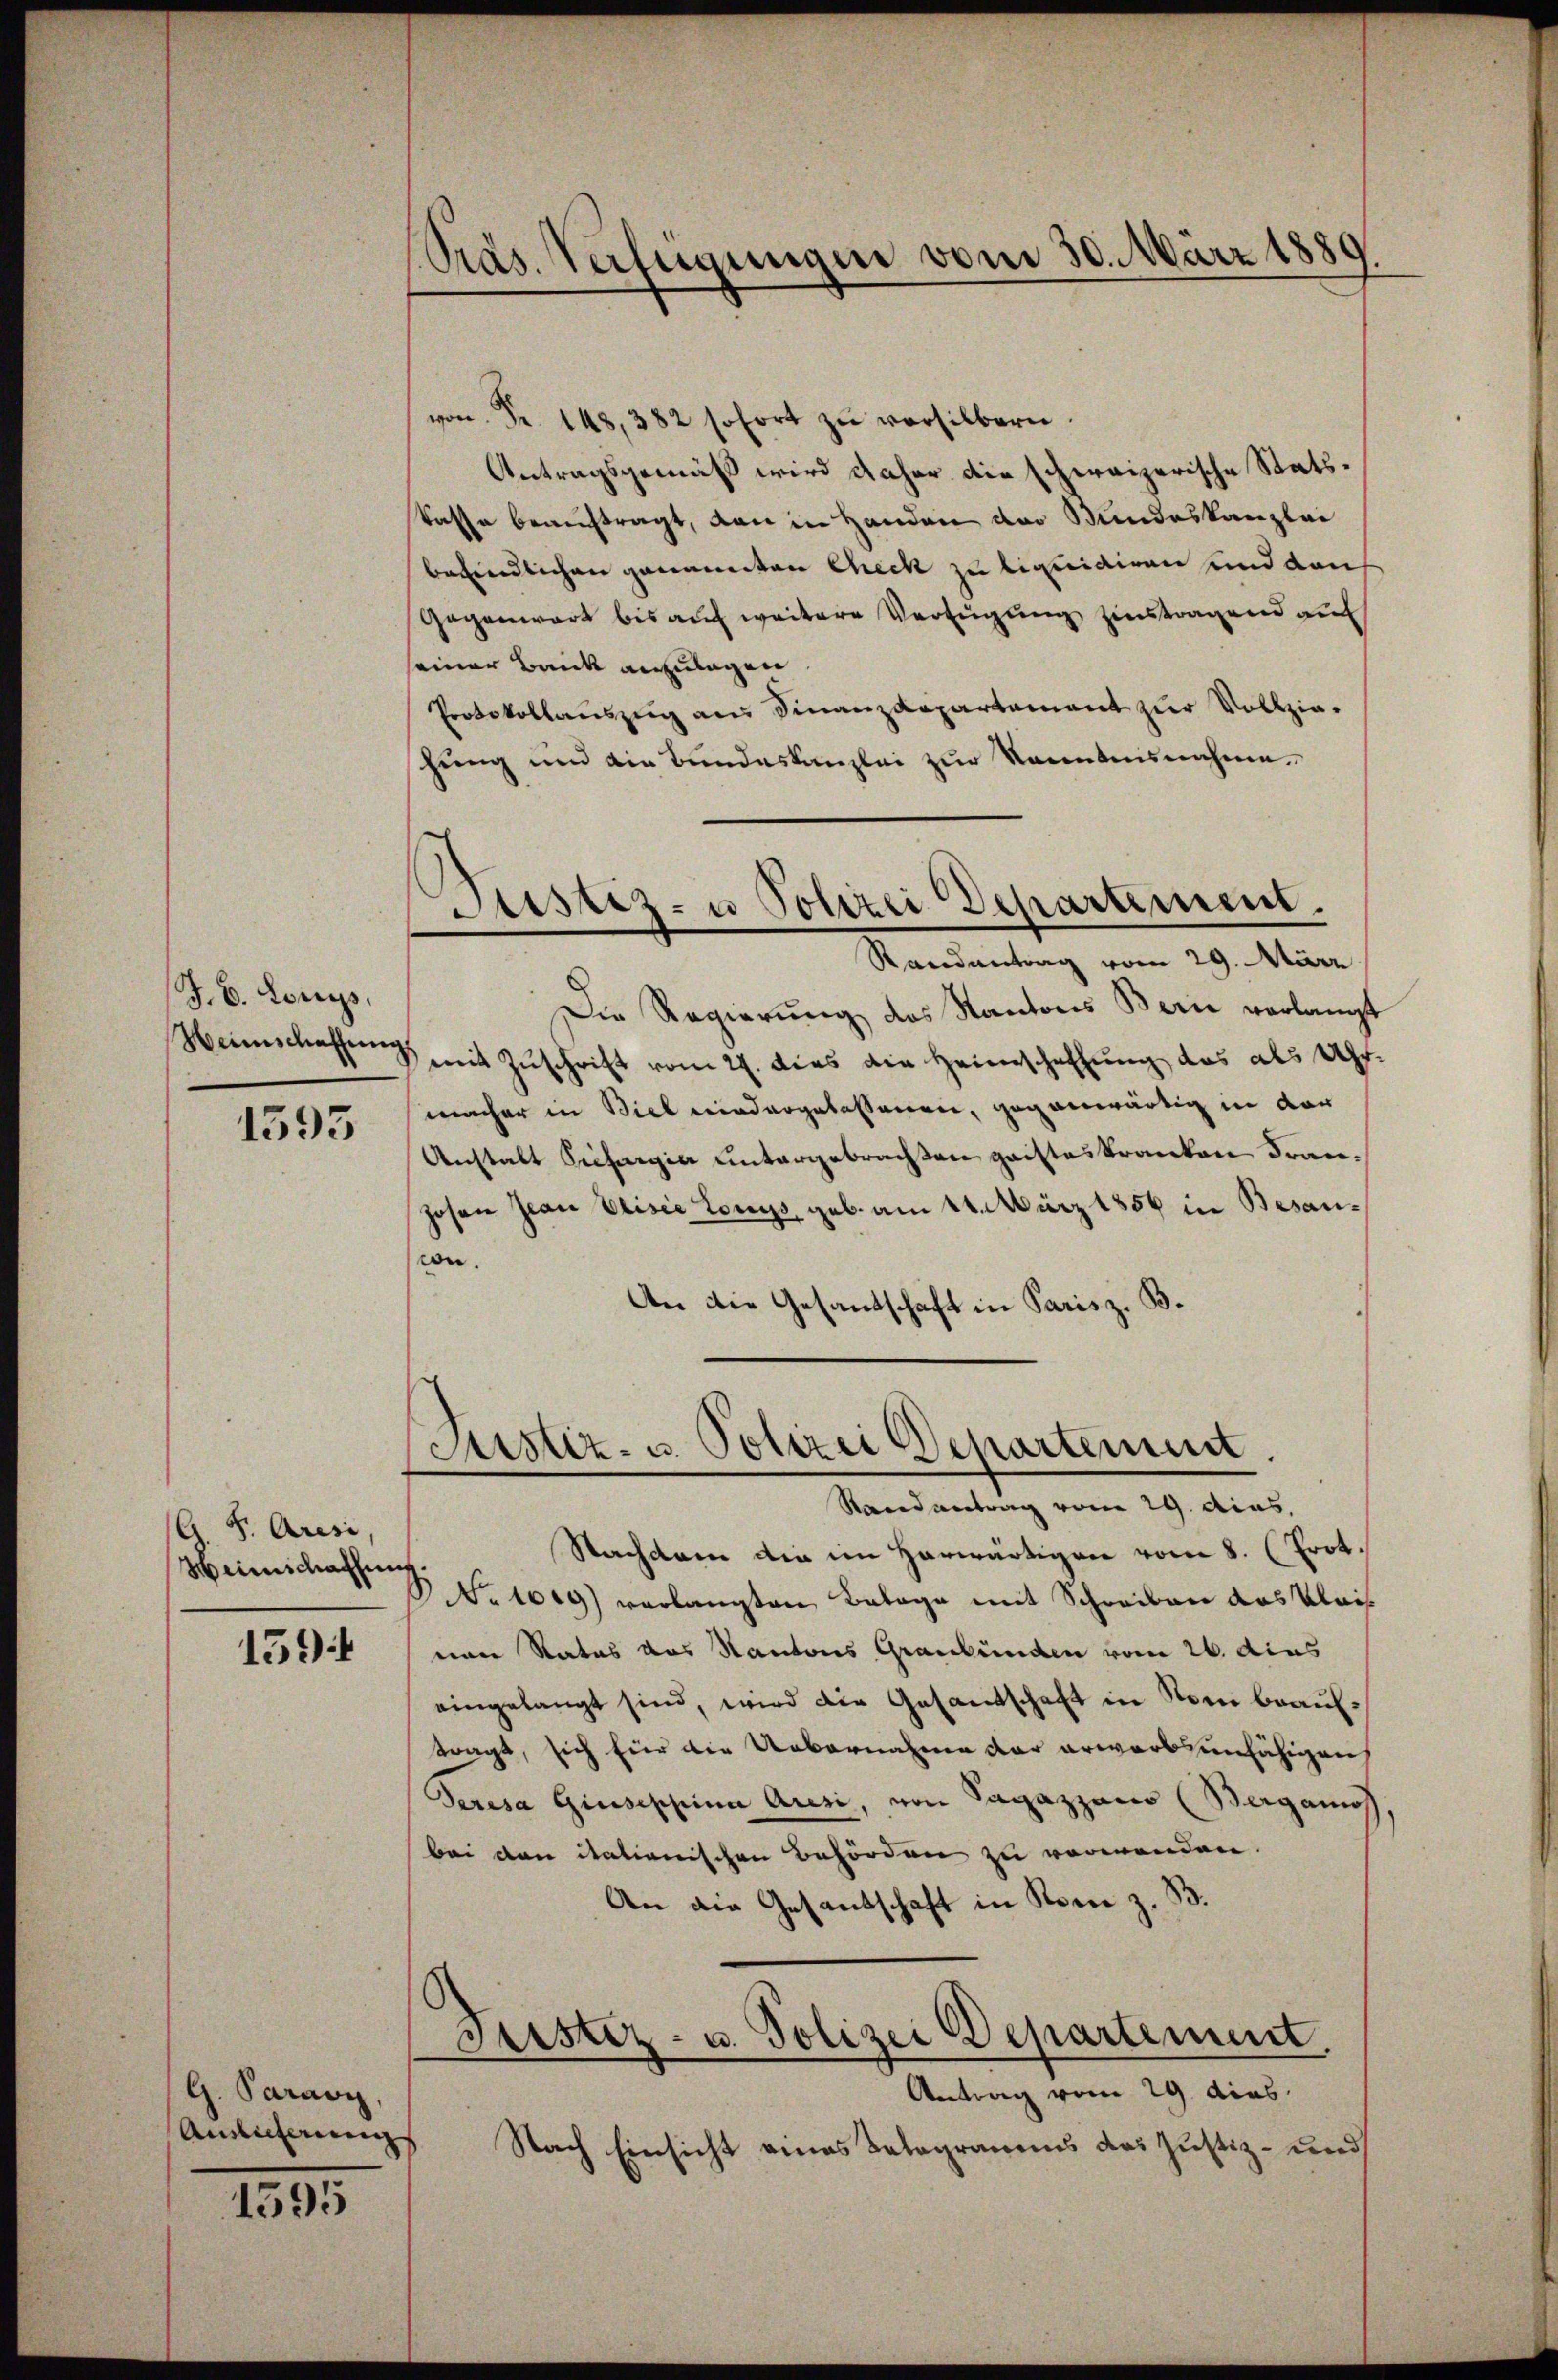
J. C. Lonys,
Weinschaffung

1593

F. Aresi,
d
Heinschaffung

159

G. Paravy,
Ainlicherung

1595

Präs. Verfügungen vom 30. März 1889

Justiz- u. Polizei Departement.
Stand antrag vom 29. dies,

von Fr. 148, 382 sofort zu versilbern.
Antragsgemäß wird daher die schweizerische Statskasse beauftragt, dann in Handen der Bundeskanzlei
befindlichen genannten Check zu liquidiren und dah
Gegenwart bis auf weitere Verfügung zinstragend auf
seiner Bank anzulagen.
Protokollauszug aus Finanzdepartament zur Vollziahung und die Bundeskanzlei zur Kenntnisnahme.
Justiz- u Polizei Departement.
Randantrag vom 29. März
Die Regierung des Kantons Berne verlangt
mit Zuschrift vom 27. dies die Heimschaffung das als Uhr.
macher in Biel niedergebessenen, gegenwärtig in der
Anstalt Seefagia untergebrachten geistes Kranken Franzosen Jean Visie Lonys, geb. am 14. März 1856 in Besanon.
An die Gesandschaft in Paris z. B.

Nachdem die im Harwärtigen vom 8. (Prot.
No 1019) verlangten Belage mit Schreiben das Klais
ean Rates das Kantons Graubünden vom 26. dies
eingelangt sind, wird die Gesandschaft in Nein brautragt, sich für die Uebernahme der erwarbsunfähigen
Serasa Giuseppina Aresi, von Pagazzais (Berganis
bei den italienischen Behörden zu verwenden.
An die Gesandschaft in Rom z. B.
Justiz- u. Polizei Departement
Antrag vom 29. dies
Nach Einsicht eines Kategramms das Justiz- und